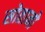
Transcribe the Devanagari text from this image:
सोतानो